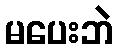
မပေးဘဲ